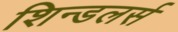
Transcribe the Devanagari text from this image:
शिन्डलर्स